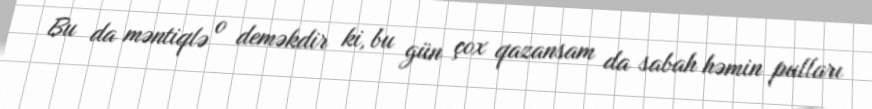
Bu da məntiqlə o deməkdir ki, bu gün çox qazansam da sabah həmin pulları